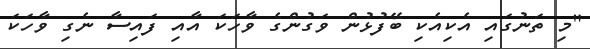
"މި ތަނުގައި އެކިއެކި ބޭފުޅުން ވަގުންގެ ވާހަކަ އާއި ފައިސާ ނެގި ވާހަކަ